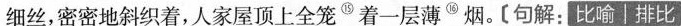
细丝,密密地斜织着,人家屋顶上全笼^{⑮}着一层薄^{⑯}烟。[句解:比喻]排比